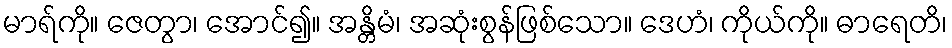
မာရ်ကို။ ဇေတွာ၊ အောင်၍။ အန္တိမံ၊ အဆုံးစွန်ဖြစ်သော။ ဒေဟံ၊ ကိုယ်ကို။ ဓာရေတိ၊